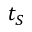
t _ { S }